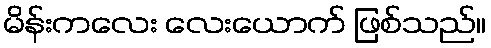
မိန်းကလေး လေးယောက် ဖြစ်သည်။